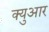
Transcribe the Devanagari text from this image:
क्युआर